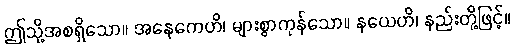
ဤသို့အစရှိသော။ အနေကေဟိ၊ များစွာကုန်သော။ နယေဟိ၊ နည်းတို့ဖြင့်။